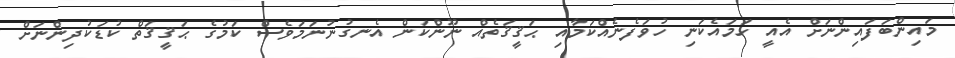
މައިންބަފައިންނަށް އެއީ ހަމައެކަނި ހުވަފެނެއްކަމާއި ޙަޤީޤަތެއް ނޫންކަން އެނގުނުނަމަވެސް ކަމުގެ ޙަޤީޤަތް ކުޑަކުދިންނަށް